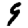
Digit: 9